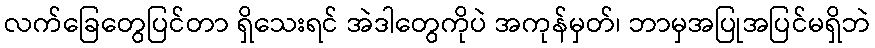
လက်ခြေတွေပြင်တာ ရှိသေးရင် အဲဒါတွေကိုပဲ အကုန်မှတ်၊ ဘာမှအပြုအပြင်မရှိဘဲ